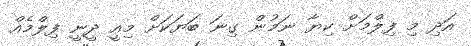
އަދި މި ފިލްމަށް ކިޔާ ނަމުން ގިނަ ބަޔަކަށް މިއީ ދީނީ ފިލްމެއް